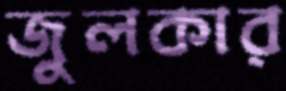
জুলকার